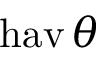
\operatorname { h a v } \theta